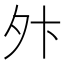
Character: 𫝢